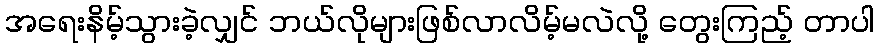
အရေးနိမ့်သွားခဲ့လျှင် ဘယ်လိုများဖြစ်လာလိမ့်မလဲလို့ တွေးကြည့် တာပါ